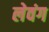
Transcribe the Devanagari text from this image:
लेवंग